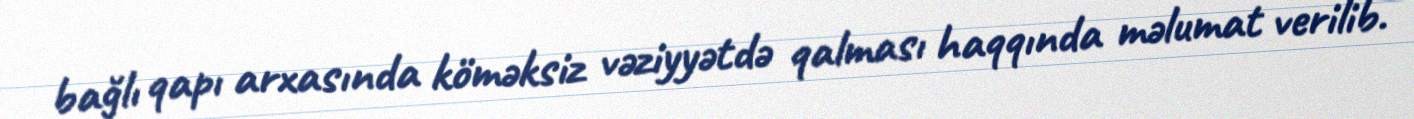
bağlı qapı arxasında köməksiz vəziyyətdə qalması haqqında məlumat verilib.